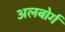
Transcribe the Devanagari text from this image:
अलबोर्ग